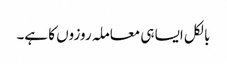
بالکل ایسا ہی معاملہ روزوں کا ہے۔